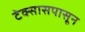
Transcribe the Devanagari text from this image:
टेक्सासपासून